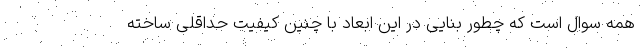
همه سوال است که چطور بنایی در این ابعاد با چنین کیفیت حداقلی ساخته